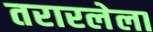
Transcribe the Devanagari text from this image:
तरारलेला